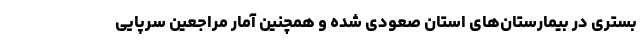
بستری در بیمارستان‌های استان صعودی شده و همچنین آمار مراجعین سرپایی